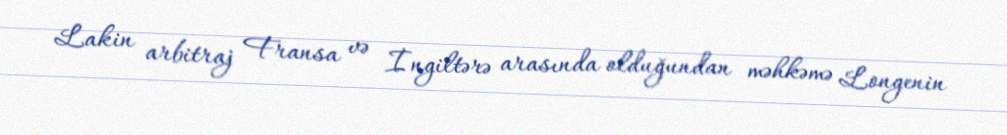
Lakin arbitraj Fransa və İngiltərə arasında olduğundan məhkəmə Longenin